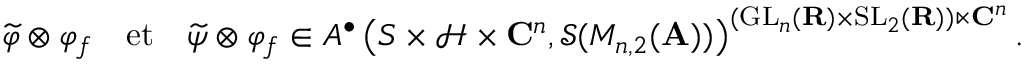
\widetilde { \varphi } \otimes \varphi _ { f } \quad \mathrm { e t } \quad \widetilde { \psi } \otimes \varphi _ { f } \in A ^ { \bullet } \left( S \times \mathcal { H } \times \mathbf { C } ^ { n } , \mathcal { S } ( M _ { n , 2 } ( \mathbf { A } ) ) \right) ^ { ( \mathrm { G L } _ { n } ( \mathbf { R } ) \times \mathrm { S L } _ { 2 } ( \mathbf { R } ) ) \ltimes \mathbf { C } ^ { n } } .